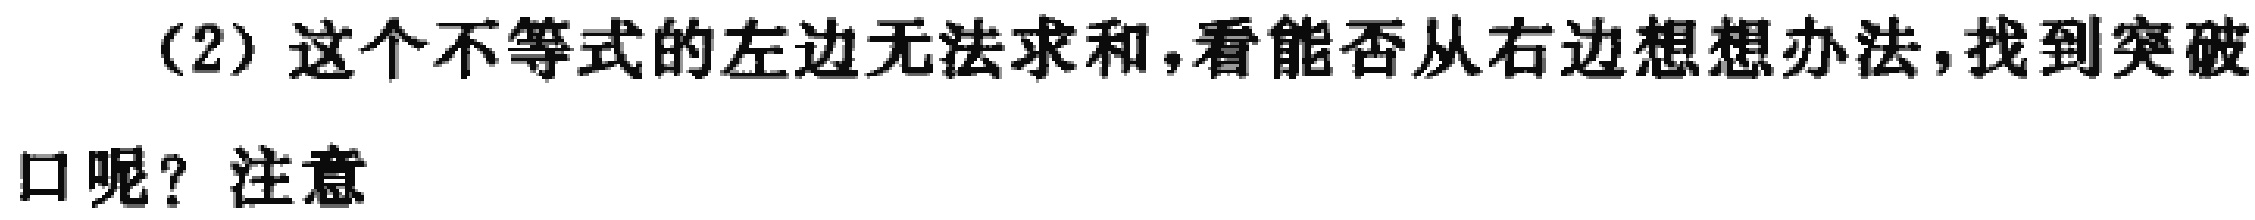
（2）这个不等式的左边无法求和,看能否从右边想想办法,找到突破
口呢？注意